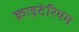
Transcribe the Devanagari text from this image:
क्राइटेरियम